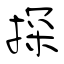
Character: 探